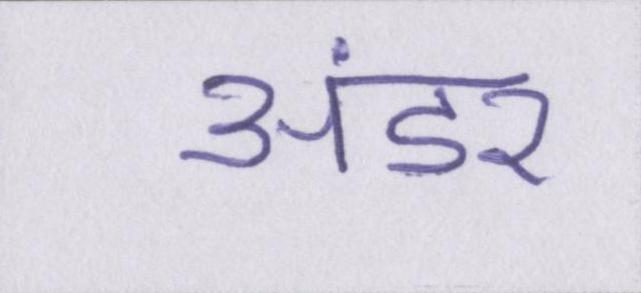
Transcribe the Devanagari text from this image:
अंडर